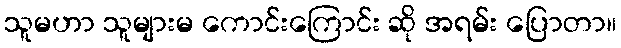
သူမဟာ သူများမ ကောင်းကြောင်း ဆို အရမ်း ပြောတာ။